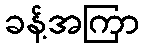
ခန့်အကြာ